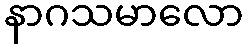
နာဂသမာလော